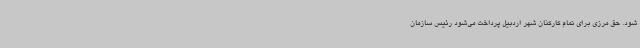
شود. حق مرزی برای تمام کارکنان شهر اردبیل پرداخت می‌شود رئیس سازمان